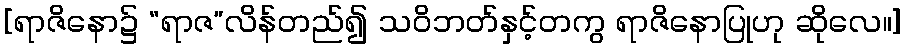
[ရာဇိနော၌ “ရာဇ”လိန်တည်၍ သဝိဘတ်နှင့်တကွ ရာဇိနောပြုဟု ဆိုလေ။]